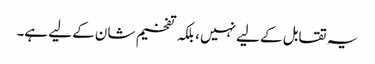
یہ تقابل کے لیے نہیں ، بلکہ تفخیم شان کے لیے ہے۔